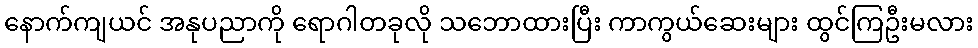
နောက်ကျယင် အနုပညာကို ရောဂါတခုလို သဘောထားပြီး ကာကွယ်ဆေးများ ထွင်ကြဦးမလား